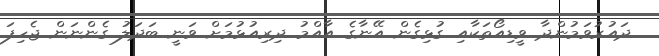
ދައުރުވަމުންދާ ވީޑިއޯތަކާއި ގުޅިގެން އޭނާގެ އާއްމު ދިރިއުޅުމަށް ވަނީ ބަދަލު ގެންނަން ޖެހިފަ